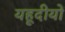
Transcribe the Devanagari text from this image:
यहूदीयों